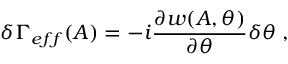
\delta \Gamma _ { e f f } ( A ) = - i \frac { \partial w ( A , \theta ) } { \partial \theta } \delta \theta \; ,